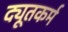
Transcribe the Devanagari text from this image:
द्यूतकर्म